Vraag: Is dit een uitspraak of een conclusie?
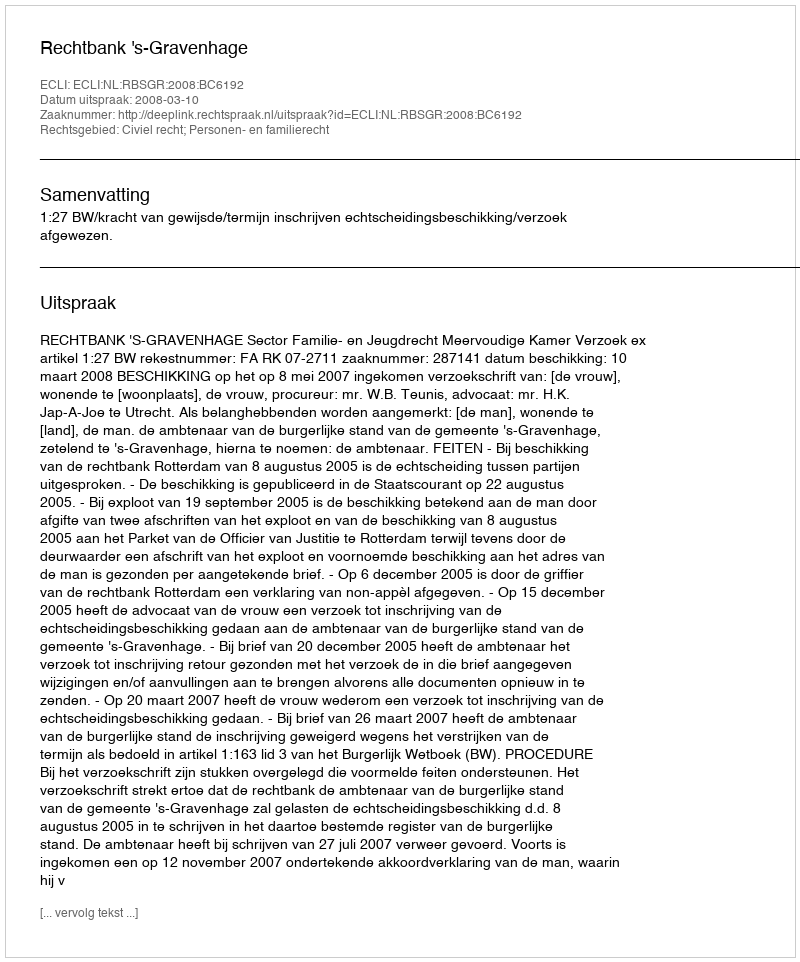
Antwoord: Uitspraak